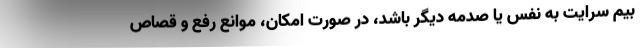
بیم سرایت به نفس یا صدمه دیگر باشد، در صورت امکان، موانع رفع و قصاص